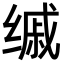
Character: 𦈚